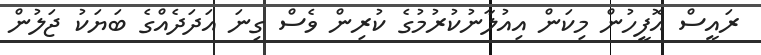
ރައީސް އޮފީހުން މިކަން އިއުލާނުކުރުމުގެ ކުރިން ވެސް ގިނަ އަދަދެއްގެ ބަޔަކު ޖަލުން